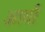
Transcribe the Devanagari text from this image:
अार्या